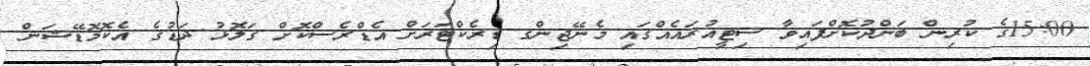
15:00ގެ ކުރިން ބަންދުކޮށްފައިވާ ސިޓީއުރައެއްގައި މެނޭޖިންގ ޑިރެކްޓަރަށް އެޑްރެސްކޮށް ގަލޮޅު ދަޑުގެ އެކޮމޮޑޭޝަން